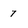
Character: 7